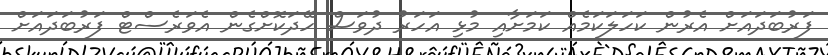
ފަރުބަދައަށް އެރުން ކަހަލަކަމެއް ކަމަށާއި މުޅި އަހަރު ދުވަސް ހޭދަކޮށްގެން އެވަރެސްޓް ފަރުބަދައަށް